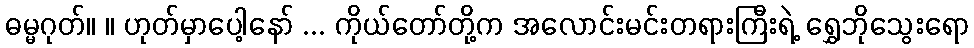
ဓမ္မဂုတ်။ ။ ဟုတ်မှာပေါ့နော် ... ကိုယ်တော်တို့က အလောင်းမင်းတရားကြီးရဲ့ ရွှေဘိုသွေးရော